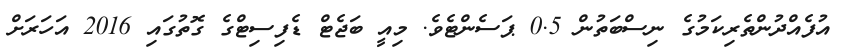
އުފެއްދުންތެރިކަމުގެ ނިސްބަތުން 0.5 ޕަސެންޓެވެ. މިއީ ބަޖެޓް ޑެފިސިޓްގެ ގޮތުގައި 2016 އަހަރަށް